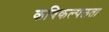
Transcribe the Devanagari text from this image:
कविकल्पलता